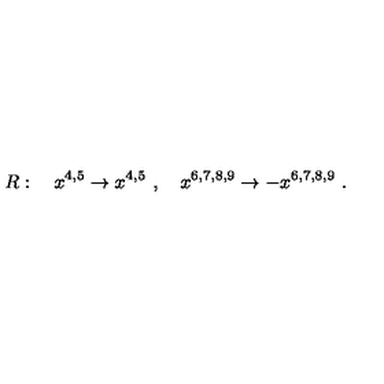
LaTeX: R : \quad x ^ { 4 , 5 } \to x ^ { 4 , 5 } \ , \quad x ^ { 6 , 7 , 8 , 9 } \to - x ^ { 6 , 7 , 8 , 9 } \ .